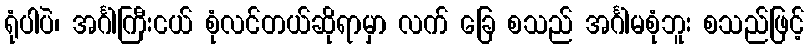
ရုံပါပဲ၊ အင်္ဂါကြီးငယ် စုံလင်တယ်ဆိုရာမှာ လက် ခြေ စသည် အင်္ဂါမစုံဘူး စသည်ဖြင့်